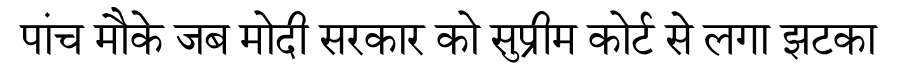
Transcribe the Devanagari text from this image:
पांच मौके जब मोदी सरकार को सुप्रीम कोर्ट से लगा झटका